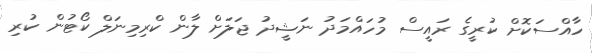
ހާއްސަކޮށް ކުރީގެ ރައީސް މުހައްމަދު ނަޝީދު ޖަލަށް ލާން ކްރިމިނަލް ކޯޓުން ކުރި